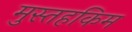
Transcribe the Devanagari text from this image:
मुस्तहकिम